Indian journal of veterinary science and animal husbandry - Volume 6,
Year: 1936
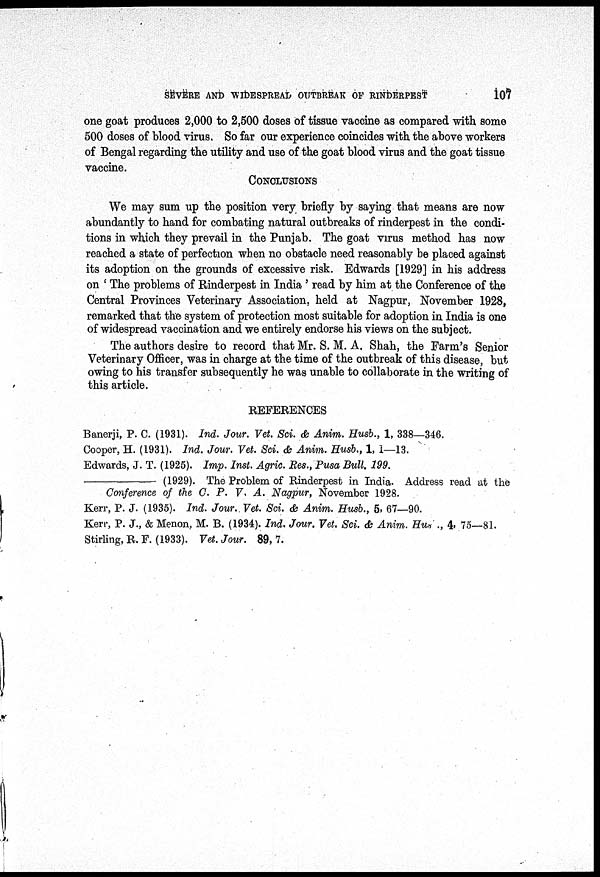
SEVERE AND WIDESPREAL OUTBREAK OF RINDERPEST
107
one goat produces 2,000 to 2,500 doses of tissue vaccine as compared with some
500 doses of blood virus. So far our experience coincides with the above workers
of Bengal regarding the utility and use of the goat blood virus and the goat tissue
vaccine.
CONCLUSIONS
We may sum up the position very briefly by saying that means are now
abundantly to hand for combating natural outbreaks of rinderpest in the condi-
tions in which they prevail in the Punjab. The goat virus method has now
reached a state of perfection when no obstacle need reasonably be placed against
its adoption on the grounds of excessive risk. Edwards [1929] in his address
on 'The problems of Rinderpest in India ' read by him at the Conference of the
Central Provinces Veterinary Association, held at Nagpur, November 1928,
remarked that the system of protection most suitable for adoption in India is one
of widespread vaccination and we entirely endorse his views on the subject.
The authors desire to record that Mr. S. M. A. Shah, the Farm's Senior
Veterinary Officer, was in charge at the time of the outbreak of this disease, but
owing to his transfer subsequently he was unable to collaborate in the writing of
this article.
REFERENCES
Banerji, P. C. (1931). Ind. Jour. Vet. Sci. & Anim. Husb., 1, 338—346.
Cooper, H. (1931). Ind. Jour. Vet. Sci. & Anim. Husb., 1, 1—13.
Edwards, J. T. (1925). Imp. Inst. Agric. Res., Pusa Bull. 199.
—
(1929). The Problem of Rinderpest in India. Address read at the
Conference of the C. P. V. A. Nagpur, November 1928.
Kerr, P. J. (1935). Ind. Jour. Vet. Sci. & Anim. Husb., 5, 67—90.
Kerr, P. J., & Menon, M. B. (1934). Ind. Jour. Vet. Sci. & Anim. Hus ., 4, 75—81.
Stirling, R. F. (1933). Vet. Jour. 89, 7.